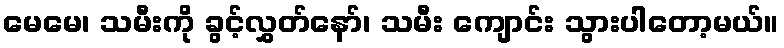
မေမေ၊ သမီးကို ခွင့်လွှတ်နော်၊ သမီး ကျောင်း သွားပါတော့မယ်။